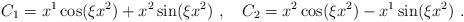
LaTeX: \begin{align*}C_1 = x^1\cos(\xi x^2) + x^2\sin(\xi x^2)\ ,\ \ \ C_2 = x^2 \cos(\xi x^2) - x^1\sin(\xi x^2)\ .\end{align*}